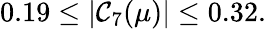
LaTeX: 0.19\leq\vert\mathcal{C}_{7}(\mu)\vert\leq0.32.